Lunatic asylums Punjab 1881-1894 - 1881-1894
Year: 1881
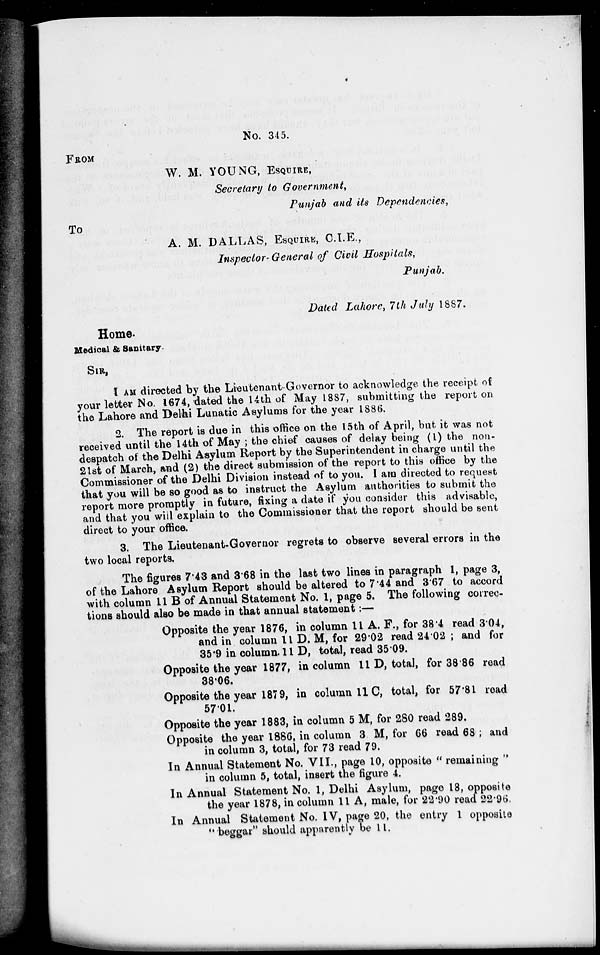
No. 345.
FROM
W. M. YOUNG, ESQUIRE,
Secretary to Government,
Punjab and its Dependencies,
To
A. M. DALLAS, ESQUIRE, C.I.E.,
Inspector- General of Civil Hospitals,
Punjab.
Dated Lahore, 7th July 1887.
Home.
Medical & Sanitary
SIR,
I AM directed by the Lieutenant-Governor to acknowledge the receipt of
your letter No. 1674, dated the 14th of May 1887, submitting the report on
the Lahore and Delhi Lunatic Asylums for the year 1886,
2. The report is due in this office on the 15th of April, but it was not
received until the 14th of May ; the chief causes of delay being (1) the non-
despatch of the Delhi Asylum Report by the Superintendent in charge until the
21st of March, and (2) the direct submission of the report to this office by the
Commissioner of the Delhi Division instead of to you. I am directed to request
that you will be so good as to instruct the Asylum authorities to submit the
report more promptly in future, fixing a date if you consider this advisable,
and that you will explain to the Commissioner that the report should be sent
direct to your office.
3. The Lieutenant-Governor regrets to observe several errors in the
two local reports.
The figures 7.43 and 3.68 in the last two lines in paragraph 1, page 3,
of the Lahore Asylum Report should be altered to 7.44 and 3.67 to accord
with column 11 B of Annual Statement No. 1, page 5. The following correc-
tions should also be made in that annual statement:—
Opposite the year 1876, in column 11 A. F., for 38.4 read 3.04,
and in column 11 D. M, for 29.02 read 24.02 ; and for
35.9 in column. 11 D, total, read 35.09.
Opposite the year 1877, in column 11 D, total, for 38.86 read
38.06.
Opposite the year 1879, in column 11 C, total, for 57.81 road
57.01.
Opposite the year 1883, in column 5 M, for 280 read 289.
Opposite the year 1886, in column 3 M, for 66 read 68 ; and
in column 3, total, for 73 read 79.
In Annual Statement No. VII., page 10, opposite " remaining "
in column 5, total, insert the figure 4.
In Annual Statement No. 1, Delhi Asylum, page 18, opposite
the year 1878, in column 11 A, male, for 22.90 read 22.96.
In Annual Statement No. IV, page 20, the entry 1 opposite
"beggar" should apparently be 11.